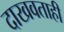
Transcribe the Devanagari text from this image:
दाखवताही